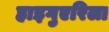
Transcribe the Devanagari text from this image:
हाइगुएरिला